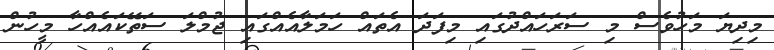
މިދިޔަ މަހުވެސް މި ސަރަހައްދުގައި މިފަދަ އެތައް ހަމަލާއެއްގައި ޖުމްލަ ސަތޭކައެއްހާ މީހުން